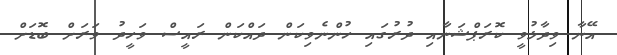
އޭނާ ވިދާޅުވީ ކޮރަޕްޝަނާއި ދުރުގައި ހުންނެވިކަން ދައްކަން ރައީސް ވަހީދު ވަރަށް ބޮޑަށް